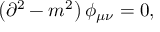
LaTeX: \left( \partial ^ { 2 } - m ^ { 2 } \right) \phi _ { \mu \nu } = 0 ,